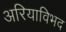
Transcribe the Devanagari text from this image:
अरियाविभद